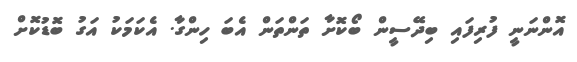
އޮންނަނީ ފުރިފައި ބިދޭސީން ބޯކޮށާ ތަންތަން އެބަ ހިންގާ. އެކަމަކު އަގު ބޮޑުކޮށް